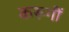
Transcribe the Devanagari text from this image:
करूगीं